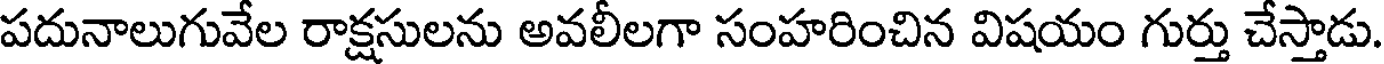
పదునాలుగువేల రాక్షసులను అవలీలగా సంహరించిన విషయం గుర్తు చేస్తాడు